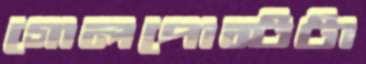
গোলপোস্টটা